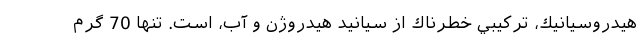
هيدروسيانيك، تركيبي خطرناك از سيانيد هيدروژن و آب، است. تنها 70 گرم